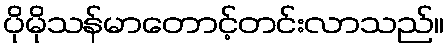
ပိုမိုသန်မာတောင့်တင်းလာသည်။